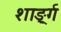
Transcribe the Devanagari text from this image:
शार्ङ्र्ग